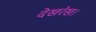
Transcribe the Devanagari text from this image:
देखरेख।